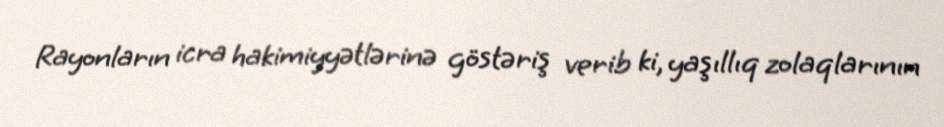
Rayonların icra hakimiyyətlərinə göstəriş verib ki, yaşıllıq zolaqlarının